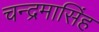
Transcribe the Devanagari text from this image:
चन्द्रमासिंह